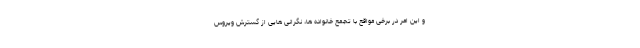
و این امر در برخی مواقع با تجمع خانواده ها، نگرانی هایی از گسترش ویروس